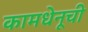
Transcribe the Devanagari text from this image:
कामधेनूची